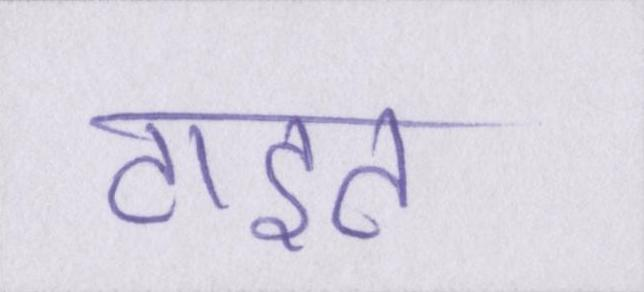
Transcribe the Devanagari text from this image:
टाइट